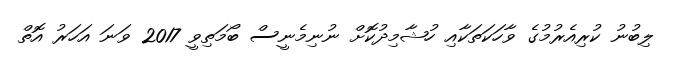
ލިބުނު ކުރިއެރުމުގެ ވާހަކަތަކާއި ހުޝާމިދުކޮށް ނުނިމެނީސް ބޯމަތިވީ 2017 ވަނަ އަހަރު އޮތް